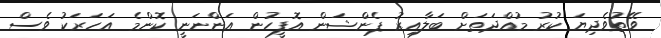
ވޭތުވެދިޔަ ކުރު މުއްދަތަށް ބަލާއިރު ޕެންޝަން އޮފީހުން އަންނަނީ ކޮންމެ އަހަރަކު ވެސް